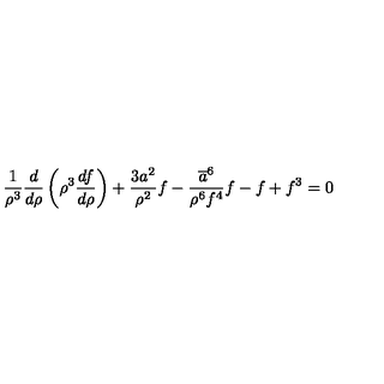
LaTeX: \frac { 1 } { \rho ^ { 3 } } \frac { d } { d \rho } \left( \rho ^ { 3 } \frac { d f } { d \rho } \right) + \frac { 3 a ^ { 2 } } { \rho ^ { 2 } } f - \frac { \overline { { a } } ^ { 6 } } { \rho ^ { 6 } f ^ { 4 } } f - f + f ^ { 3 } = 0